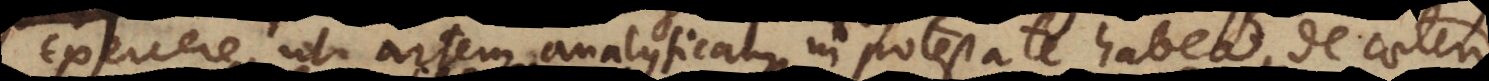
exercere, ut artem analyticam in potestate habeat, de caetero